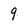
Character: 9